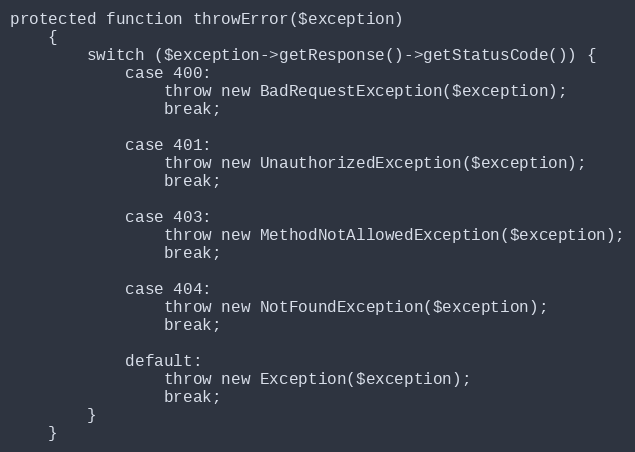
Language: PHP
protected function throwError($exception)
    {
        switch ($exception->getResponse()->getStatusCode()) {
            case 400:
                throw new BadRequestException($exception);
                break;

            case 401:
                throw new UnauthorizedException($exception);
                break;

            case 403:
                throw new MethodNotAllowedException($exception);
                break;

            case 404:
                throw new NotFoundException($exception);
                break;

            default:
                throw new Exception($exception);
                break;
        }
    }